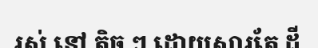
រស់ នៅ តិច ៗ ដោយសារតែ ដី